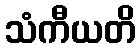
သံကီယတိ